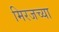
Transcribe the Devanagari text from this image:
मिरजच्या